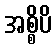
အစ္စိပိ